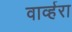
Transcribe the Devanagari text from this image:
वार्व्हरा